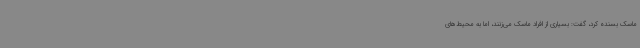
ماسک بسنده کرد، گفت: بسیاری از افراد ماسک می‌زنند، اما به محیط‌های